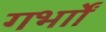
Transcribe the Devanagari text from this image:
गर्भाों